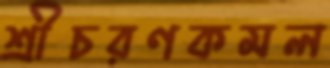
শ্রীচরণকমল